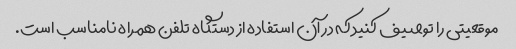
موقعیتی را توصیف کنید که در آن استفاده از دستگاه تلفن همراه نامناسب است.